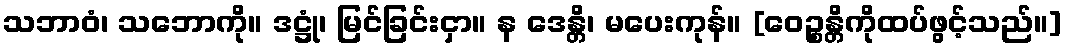
သဘာဝံ၊ သဘောကို။ ဒဋ္ဌုံ၊ မြင်ခြင်းငှာ။ န ဒေန္တိ၊ မပေးကုန်။ [ဝေဉ္စန္တိကိုထပ်ဖွင့်သည်။]